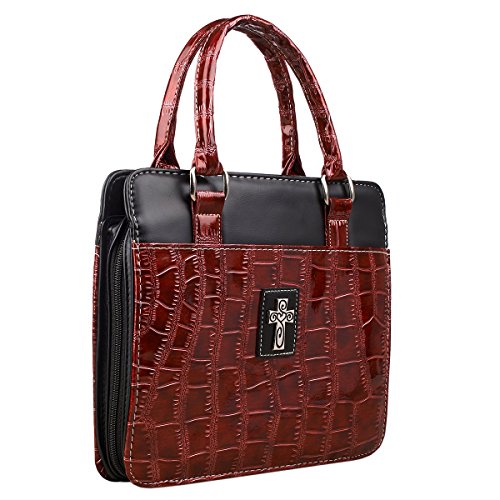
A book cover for Croc-Embossed Patent Purse-Style Bible / Book Cover w/Cross (Large, Burgundy); Christian Art Gifts; Christian Books & Bibles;